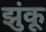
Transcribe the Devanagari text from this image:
झुंकू